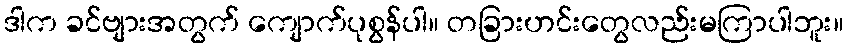
ဒါက ခင်ဗျားအတွက် ကျောက်ပုစွန်ပါ။ တခြားဟင်းတွေလည်းမကြာပါဘူး။